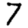
Digit: 7